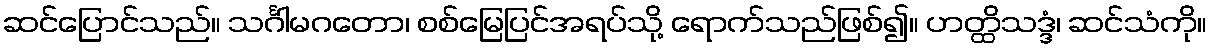
ဆင်ပြောင်သည်။ သင်္ဂါမဂတော၊ စစ်မြေပြင်အရပ်သို့ ရောက်သည်ဖြစ်၍။ ဟတ္ထိသဒ္ဒံ၊ ဆင်သံကို။